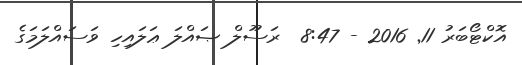
އޮކްޓޯބަރު 11